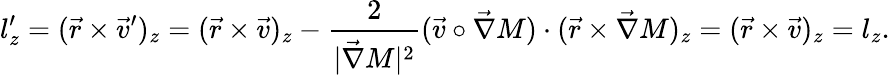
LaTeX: l_{z}^{\prime}=(\vec{r}\times\vec{v}^{\prime})_{z}=(\vec{r}\times\vec{v})_{z}-\frac{2}{|\vec{\nabla}M|^{2}}(\vec{v}\circ\vec{\nabla}M)\cdot(\vec{r}\times\vec{\nabla}M)_{z}=(\vec{r}\times\vec{v})_{z}=l_{z}.